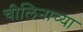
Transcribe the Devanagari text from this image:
चीलिनाच्या